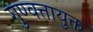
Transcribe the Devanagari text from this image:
गुण्वत्तायुक्त